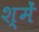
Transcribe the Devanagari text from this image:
श्में